Vaccination North-Western Provinces 1866-1877 - 1866-1877
Year: 1866
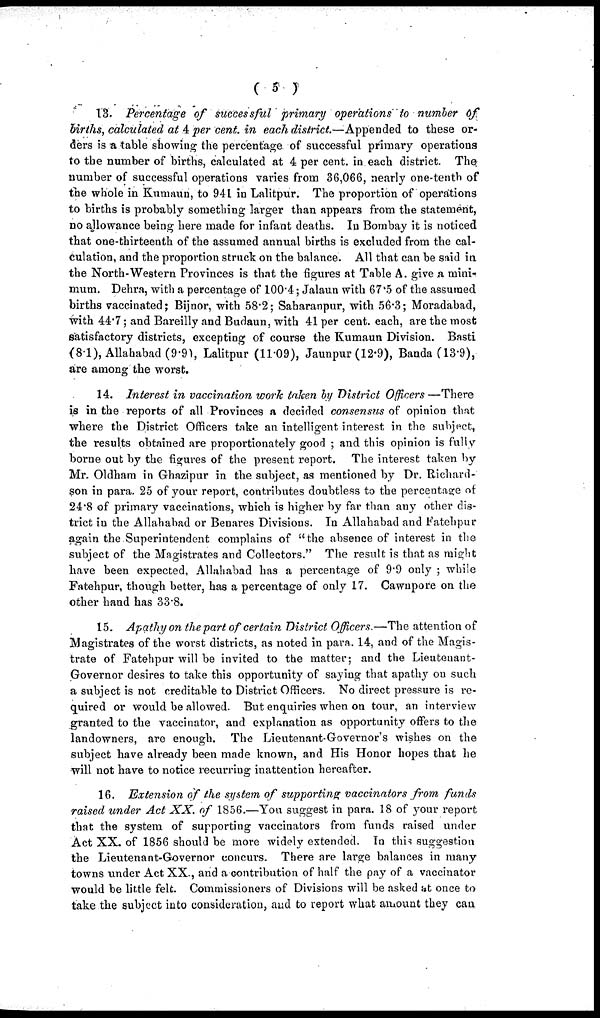
( 5 )
13 Percentage of successful primary operations to number of
births, calculated at 4 per cent. in each district.—Appended to these or-
ders is a table showing the percentage of successful primary operations
to the number of births, calculated at 4 per cent. in each district. The
number of successful operations varies from 36,066, nearly one-tenth of
the whole in Kumaun, to 941 in Lalitpur. The proportion of operations
to births is probably something larger than appears from the statement,
no allowance being here made for infant deaths. In Bombay it is noticed
that one-thirteenth of the assumed annual births is excluded from the cal-
culation, and the proportion struck on the balance. All that can be said in
the North-Western Provinces is that the figures at Table A. give a mini-
mum. Dehra, with a percentage of 100.4; Jalaun with 67.5 of the assumed
births vaccinated; Bijnor, with 58.2; Saharanpur, with 56.3; Moradabad,
with 44.7; and Bareilly and Budaun, with 41 per cent. each, are the most
satisfactory districts, excepting of course the Kumaun Division. Basti
(8.1), Allahabad (9.9), Lalitpur (11.09), Jaunpur (12.9), Banda (13.9),
are among the worst.
14. Interest in vaccination work taken by District Officers —There
is in the reports of all Provinces a decided consensus of opinion that
where the District Officers take an intelligent interest in the subject,
the results obtained are proportionately good ; and this opinion is fully
borne out by the figures of the present report. The interest taken by
Mr. Oldham in Ghazipur in the subject, as mentioned by Dr. Richard-
son in para. 25 of your report, contributes doubtless to the percentage of
24.8 of primary vaccinations, which is higher by far than any other dis-
trict in the Allahabad or Benares Divisions. In Allahabad and Fatehpur
again the Superintendent complains of "the absence of interest in the
subject of the Magistrates and Collectors." The result is that as might
have been expected, Allahabad has a percentage of 9.9 only; while
Fatehpur, though better, has a percentage of only 17. Cawnpore on the
other hand has 33.8.
15. Apathy on the part of certain District Officers.—The attention of
Magistrates of the worst districts, as noted in para. 14, and of the Magis-
trate of Fatehpur will be invited to the matter; and the Lieutenant-
Governor desires to take this opportunity of saying that apathy on such
a subject is not creditable to District Officers. No direct pressure is re-
quired or would be allowed. But enquiries when on tour, an interview
granted to the vaccinator, and explanation as opportunity offers to the
landowners, are enough. The Lieutenant-Governor's wishes on the
subject have already been made known, and His Honor hopes that he
will not have to notice recurring inattention hereafter.
16. Extension of the system of supporting vaccinators from funds
raised under Act XX. of 1856.—You suggest in para. 18 of your report
that the system of supporting vaccinators from funds raised under
Act XX. of 1856 should be more widely extended. In this suggestion
the Lieutenant-Governor concurs. There are large balances in many
towns under Act XX., and a contribution of half the pay of a vaccinator
would be little felt. Commissioners of Divisions will be asked at once to
take the subject into consideration, and to report what amount they can